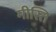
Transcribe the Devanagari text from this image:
मीस्ति